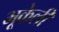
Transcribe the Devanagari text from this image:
भूकेली